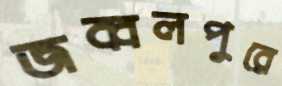
জব্বলপুরে